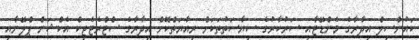
ކައުންސިލް އިދާރާގެ މެންޑޭޓާއި ސަރުކާރުގެ ސިޔާސަތުތަކަށް ރިއާޔަތްކޮށް އިދާރާގެ ސްޓްރެޓެޖިކް އެކްޝަން ޕްލޭނާއި